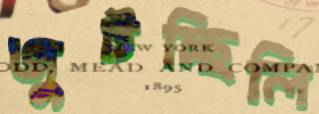
জুটচ্ছিলি